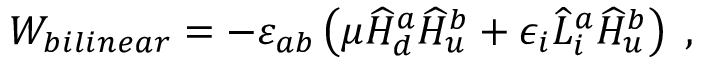
W _ { b i l i n e a r } = - \varepsilon _ { a b } \left( \mu \widehat H _ { d } ^ { a } \widehat H _ { u } ^ { b } + \epsilon _ { i } \widehat L _ { i } ^ { a } \widehat H _ { u } ^ { b } \right) \; ,